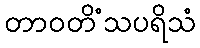
တာဝတိံသပရိသံ